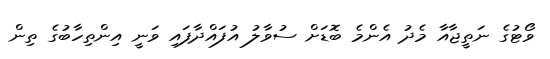
ވޯޓުގެ ނަތީޖާއާ މެދު އެންމެ ބޮޑަށް ސުވާލު އުފައްދާފައި ވަނީ އިންތިހާބުގެ ތިން